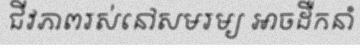
ជីវភាពរស់នៅសមរម្យ អាចដឺកនាំ